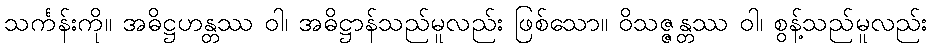
သင်္ကန်းကို။ အဓိဋ္ဌဟန္တဿ ဝါ၊ အဓိဋ္ဌာန်သည်မူလည်း ဖြစ်သော။ ဝိသဇ္ဇန္တဿ ဝါ၊ စွန့်သည်မူလည်း